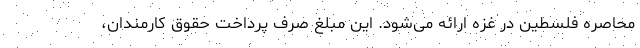
محاصره فلسطین در غزه ارائه می‌شود. این مبلغ صرف پرداخت حقوق کارمندان،